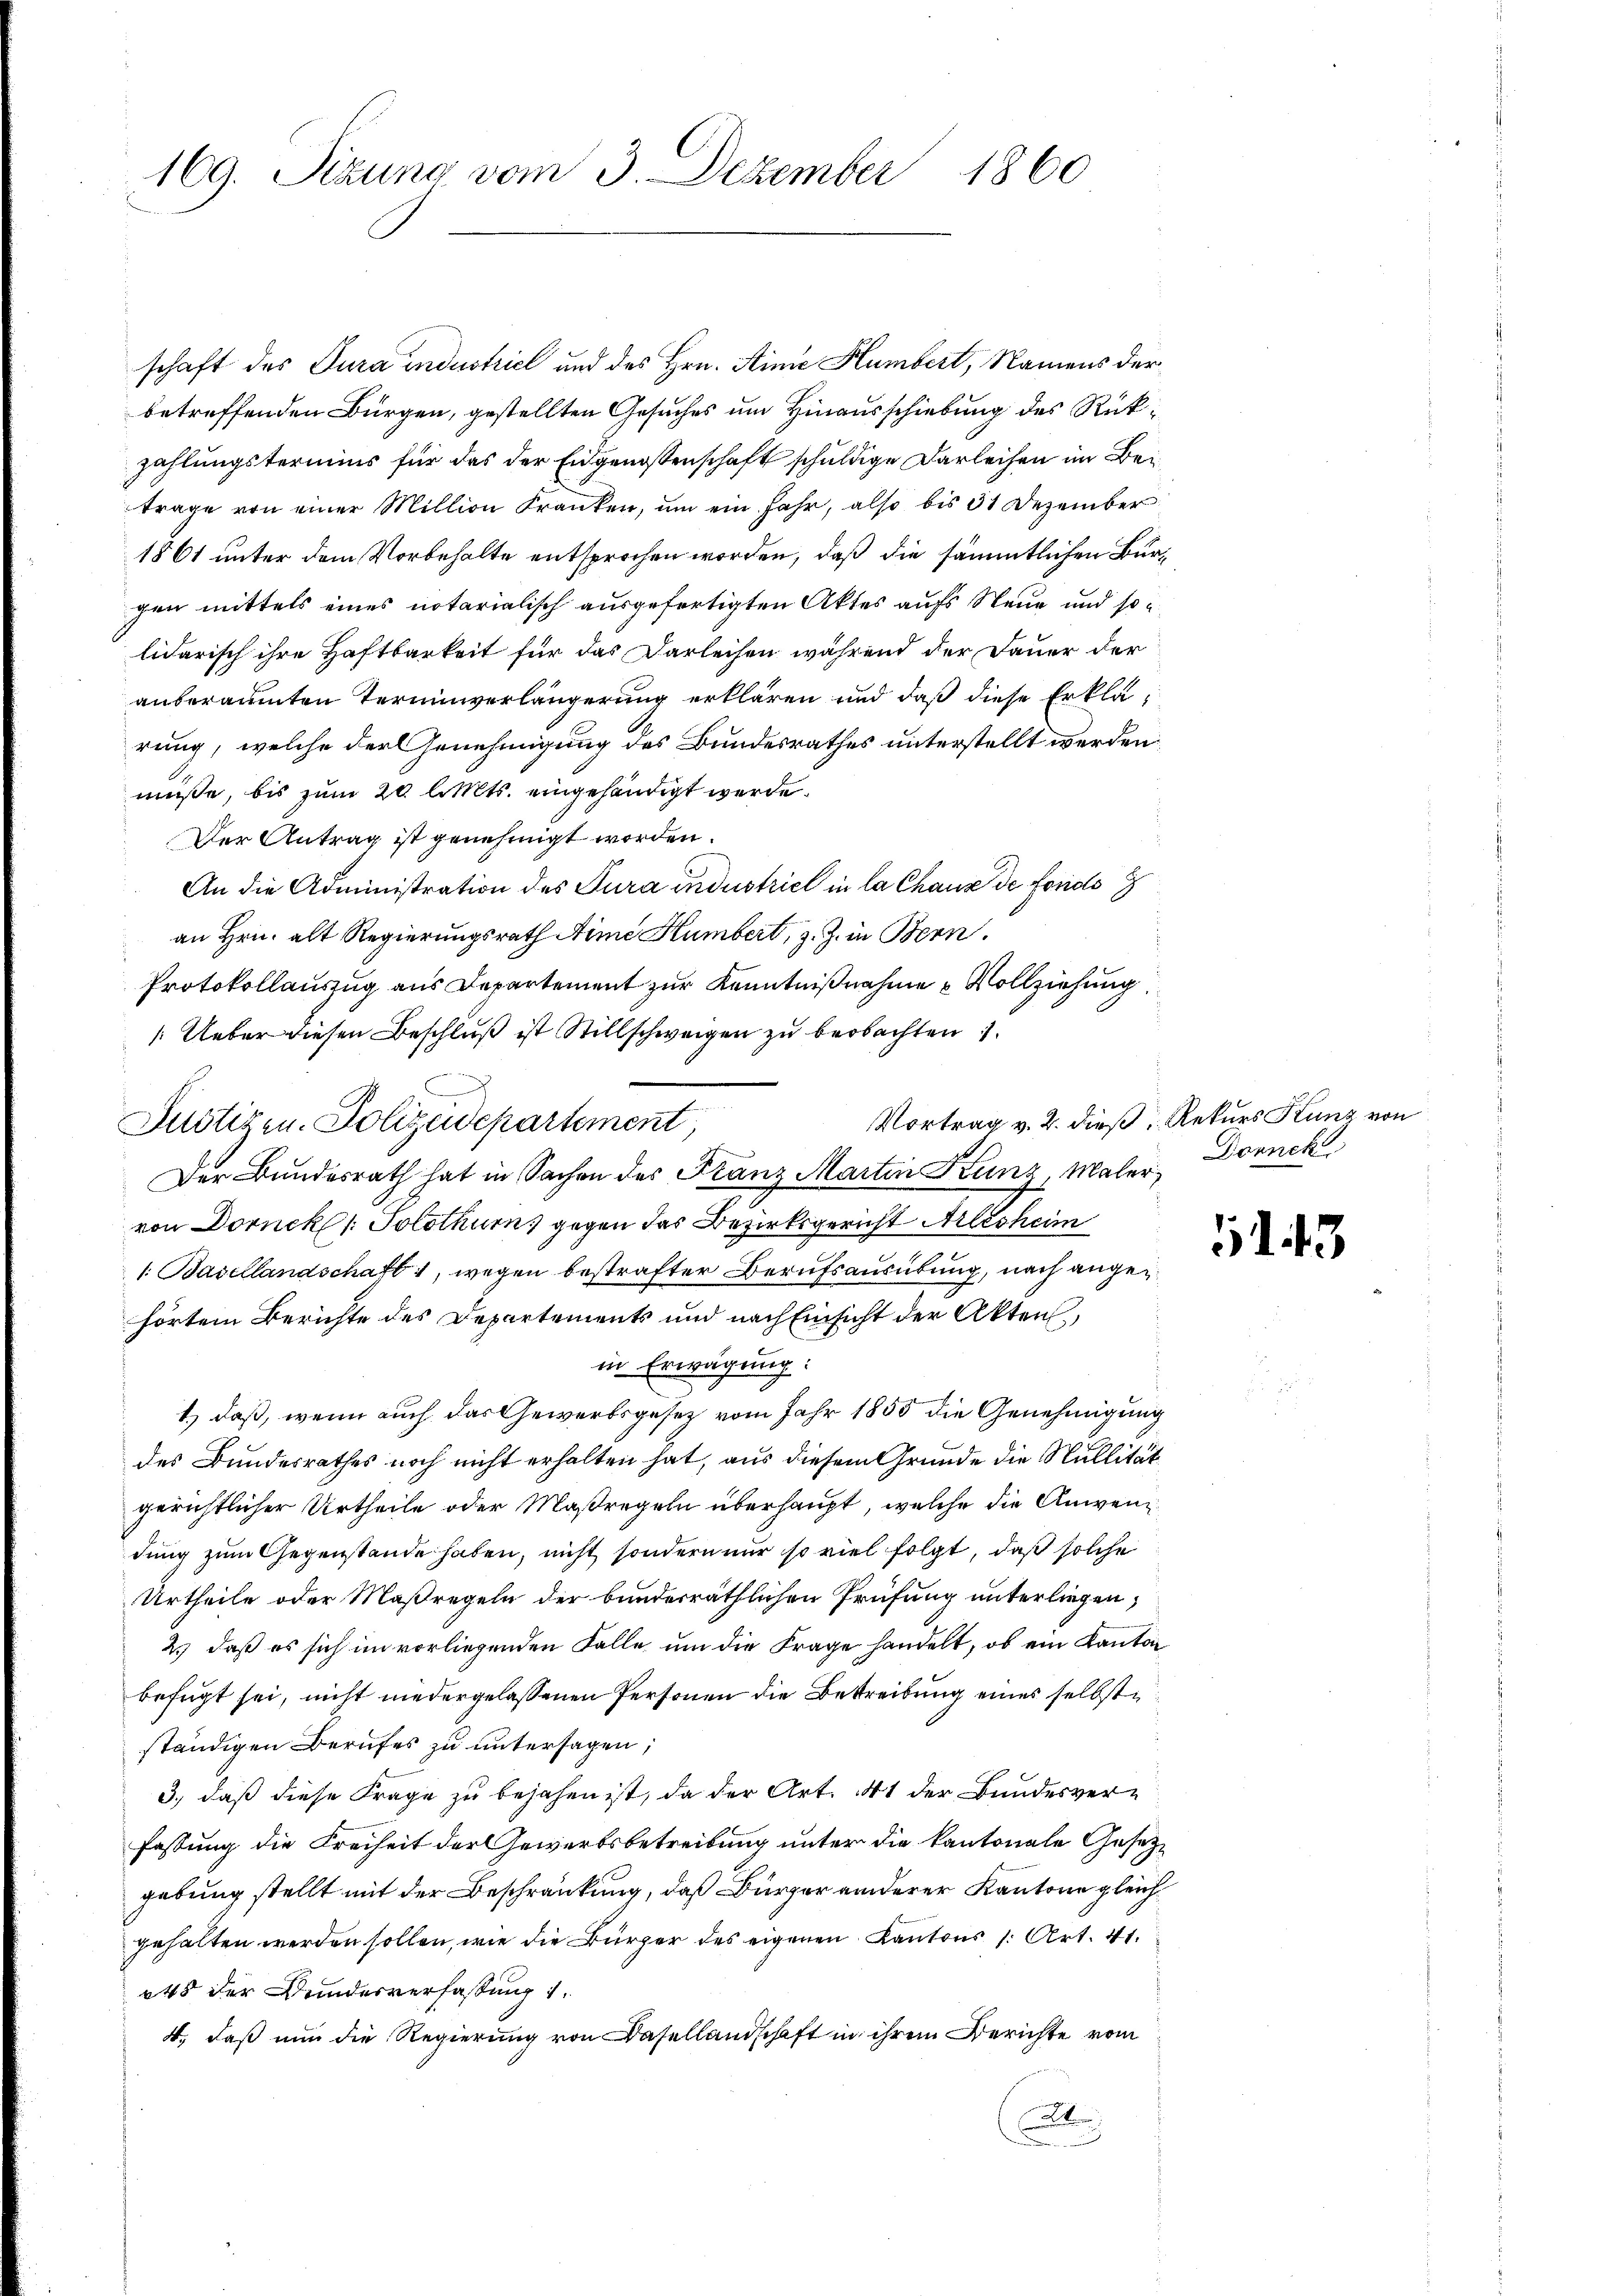
169. Sitzung vom 3. Dezember 1860

schaft des Jura industriel und des Hrn. Linie Humbert, Namens der
betreffenden Bürgen, gestellten Gesuches um Hinausschiebung des Rückzahlungstermins für das der Eidgenossenschaft schuldige Darleihen im Bei
trage von einer Million Franken, um ein Jahr, also bis 31 Dezember
1861 unter dem Vorbehalte entsprochen worden, daß die sämmtlichen Burgen mittels eines notarialisch ausgefertigten Aktes aufs Neue und solidarisch ihre Haftbarkeit für das Darleihen während der Dauer der
anberaumten Terminverlängerung erklären und daß diese Erklärung, welche der Genehmigung des Bundesrathes unterstellt werden
müße, bis zum 20 l. Mts. eingehändigt werde.
Der Antrag ist genehmigt worden.
An die Administration des Jura industriel in la Chaus de fonds
an Hrn. alt Regierungsrath Aime Humbert, z. Z. in Bern.
Protokollauszug aus Departement zur Kenntnißnahme u Vollziehung
Ueber diesen Beschluß ist Stillschweigen zu beobachten
a
Justizen. Polizeidepartement,
Der Bundesrath hat in Sachen des Franz Martin Kunz, Maler Donnek
von Dornek: Solothur, gegen das Bezirksgericht Arlesheim
1. Basellandschaft 1, wegen bestrafter Berufsausübung, nach angehörtem Berichte des Departements und nach Einsicht der Akten,
in Erwägung:
1) daß, wenn auch das Gewerbsgesetz vom Jahr 1855 die Genehmigung
des Bundesrathes noch nicht erhalten hat, aus diesem Grunde die Nullität
gerichtlicher Urtheile oder Maßregeln überhaupt, welche die Anwendung zum Gegenstände haben, nicht sondern nur so viel folgt, daß solche
Urtheile oder Maßregeln der bundesräthlichen Prüfung unterliegen,
2.) daß es sich im vorliegenden Falle um die Frage handelt, ob ein Kanton
befügt sei, nicht niedergelassenen Personen die Betreibung eines selbstständigen Berufes zu untersagen;
3., daß diese Frage zu bejahen ist, da der Art. 41 der Bundesverfassung die Freiheit der Gewerbsbetreibung unter die kantonale Gesetzgebung stellt mit der Beschränkung, daß Bürger anderer Kantone gleichgehalten werden sollen, wie die Bürger des eigenen Kantons s. Art. 41.
45 der Bundesverfassung 1.
4., daß nun die Regierung von Basellandschaft in ihrem Berichte vom
A

Vortrag v. 2. dieß, Rekurs Kunz von

5143